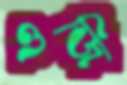
ওজি